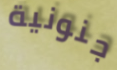
جنونية